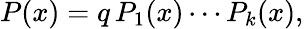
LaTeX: P(x)=q\, P_{1}(x)\cdots P_{k}(x),